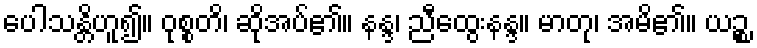
ပေါသန္တိဟူ၍။ ဝုစ္စတိ၊ ဆိုအပ်၏။ နန္ဒ၊ ညီထွေးနန္ဒ။ မာတု၊ အမိ၏။ ယဉ္စ